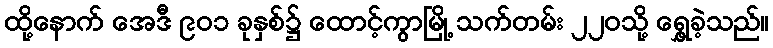
ထို့နောက် အေဒီ ၉၀၁ ခုနှစ်၌ ထောင့်ကွာမြို့ သက်တမ်း ၂၂၀သို့ ရွှေ့ခဲ့သည်။